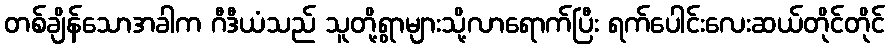
တစ်ချိန်သောအခါက ဂီဒီယံသည် သူတို့ရွာများသို့လာရောက်ပြီး ရက်ပေါင်းလေးဆယ်တိုင်တိုင်